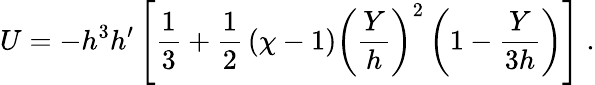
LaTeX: U=-h^{3}h^{\prime}\left[\frac{1}{3}+\frac{1}{2}\, (\chi-1)\left(\frac{Y}{h}\right)^{2}\left(1-\frac{Y}{3h}\right)\right]\; .